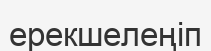
ерекшелеңіп